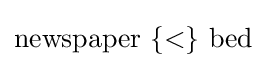
{\mbox{newspaper }}\mathbf {\{\operatorname {<} \}} {\mbox{ bed}}